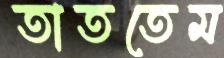
তাততেম